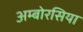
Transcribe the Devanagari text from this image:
अम्बोरसिया